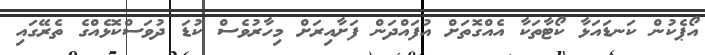
އޯޕެކުން ކަނޑައަޅާ ކޯޓާތަކާ އެއްގޮތަށް އުފައްދަން ފަށާއިރަށް މިހާރުވެސް ކުޑަ ދުވަސްކޮޅެއްގެ ތެރޭގައި